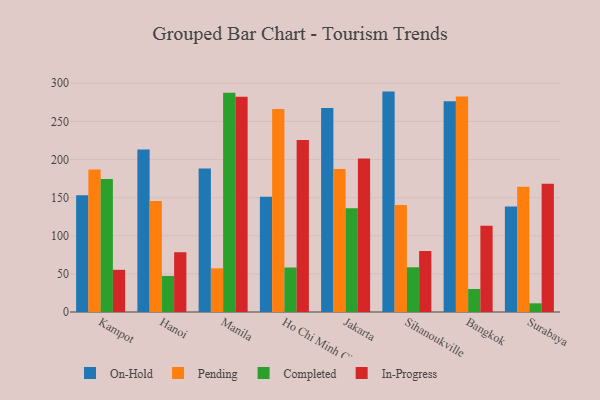
{"axis": {"x": "City", "y": "Population (Million)"}, "legend": ["Completed", "In-Progress", "On-Hold", "Pending"], "data": [{"x": "Kampot", "y": 153.1, "type": "On-Hold"}, {"x": "Kampot", "y": 186.8, "type": "Pending"}, {"x": "Kampot", "y": 174.4, "type": "Completed"}, {"x": "Kampot", "y": 55.3, "type": "In-Progress"}, {"x": "Hanoi", "y": 213.3, "type": "On-Hold"}, {"x": "Hanoi", "y": 145.7, "type": "Pending"}, {"x": "Hanoi", "y": 47.3, "type": "Completed"}, {"x": "Hanoi", "y": 78.4, "type": "In-Progress"}, {"x": "Manila", "y": 188.1, "type": "On-Hold"}, {"x": "Manila", "y": 57.3, "type": "Pending"}, {"x": "Manila", "y": 287.5, "type": "Completed"}, {"x": "Manila", "y": 282.4, "type": "In-Progress"}, {"x": "Ho Chi Minh City", "y": 151.2, "type": "On-Hold"}, {"x": "Ho Chi Minh City", "y": 266.4, "type": "Pending"}, {"x": "Ho Chi Minh City", "y": 58.4, "type": "Completed"}, {"x": "Ho Chi Minh City", "y": 225.7, "type": "In-Progress"}, {"x": "Jakarta", "y": 267.6, "type": "On-Hold"}, {"x": "Jakarta", "y": 187.6, "type": "Pending"}, {"x": "Jakarta", "y": 136.2, "type": "Completed"}, {"x": "Jakarta", "y": 201.5, "type": "In-Progress"}, {"x": "Sihanoukville", "y": 289.1, "type": "On-Hold"}, {"x": "Sihanoukville", "y": 140.4, "type": "Pending"}, {"x": "Sihanoukville", "y": 58.7, "type": "Completed"}, {"x": "Sihanoukville", "y": 80.0, "type": "In-Progress"}, {"x": "Bangkok", "y": 276.6, "type": "On-Hold"}, {"x": "Bangkok", "y": 282.6, "type": "Pending"}, {"x": "Bangkok", "y": 30.2, "type": "Completed"}, {"x": "Bangkok", "y": 113.2, "type": "In-Progress"}, {"x": "Surabaya", "y": 138.5, "type": "On-Hold"}, {"x": "Surabaya", "y": 164.4, "type": "Pending"}, {"x": "Surabaya", "y": 11.4, "type": "Completed"}, {"x": "Surabaya", "y": 168.3, "type": "In-Progress"}]}